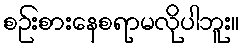
စဉ်းစားနေစရာမလိုပါဘူး။